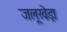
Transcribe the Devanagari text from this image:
जलूखेड़ा